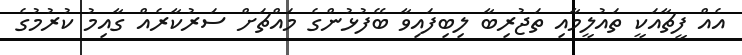
އެއް ފީޗާއަކީ ތައުލީމާއި ތަޖުރިބާ ލިބިފައިވާ ބޭފުޅުންގެ މައްޗަށް ސަރުކާރެއް ގާއިމު ކުރުމުގެ